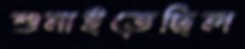
শুনাইতেছিল